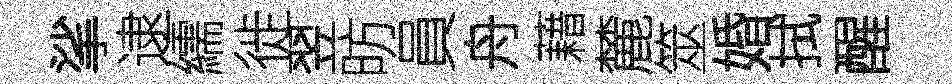
挲逮繻徙翌昉員舟藉麓筮婚拭醒